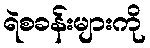
ရဲစခန်းများကို